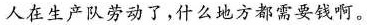
人在生产队劳动了，什么地方都需要钱啊。